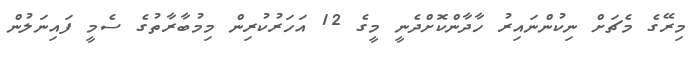
މިރޭގެ މެޗަށް ނިކުންނައިރު ހާދާންކޮށްދެނީ މީގެ 12 އަހަރުކުރިން މިމުބާރާތުގެ ސެމީ ފައިނަލުން